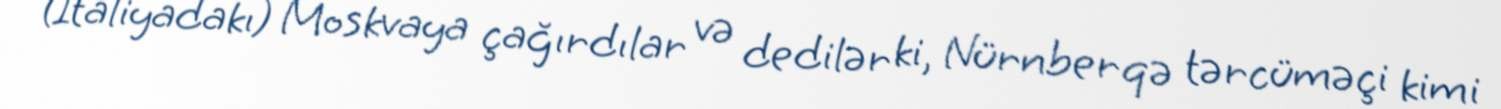
(İtaliyadakı) Moskvaya çağırdılar və dedilər ki, Nürnberqə tərcüməçi kimi